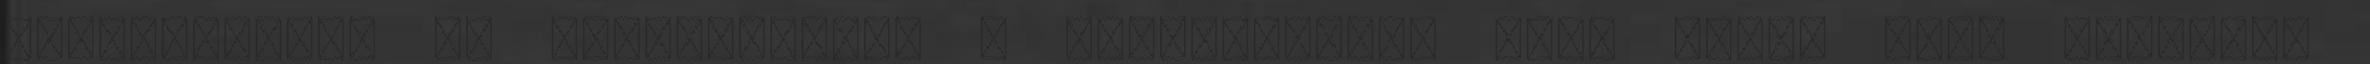
fodrozódások is elárulhatták a helyzetüket, vagy olyan erős hullámok